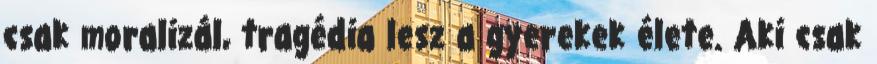
csak moralizál, tragédia lesz a gyerekek élete. Aki csak